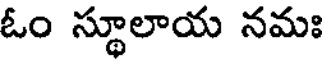
ఓం స్థూలాయ నమః